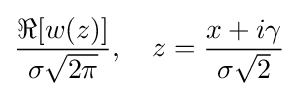
{\frac {\Re [w(z)]}{\sigma {\sqrt {2\pi }}}},~~~z={\frac {x+i\gamma }{\sigma {\sqrt {2}}}}